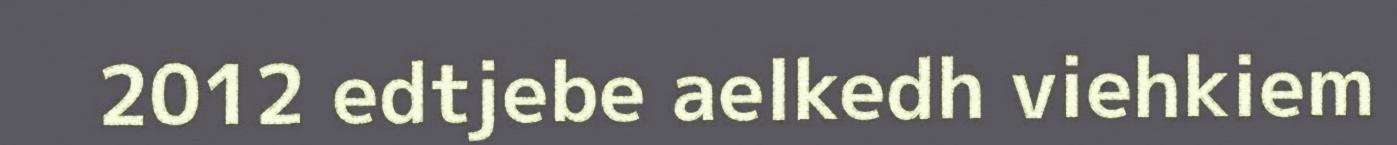
2012 edtjebe aelkedh viehkiem